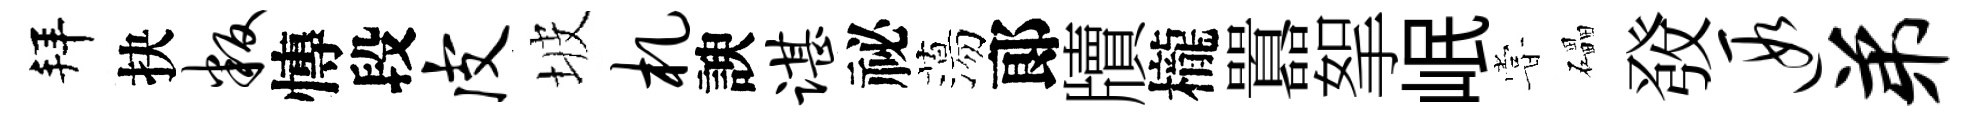
拜抉叛慱段皮坡札諛谌祕蕩郞牘櫳囂挐岷甞礧𤼲遐弟